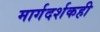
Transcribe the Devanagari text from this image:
मार्गदर्शकही